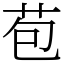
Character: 苞